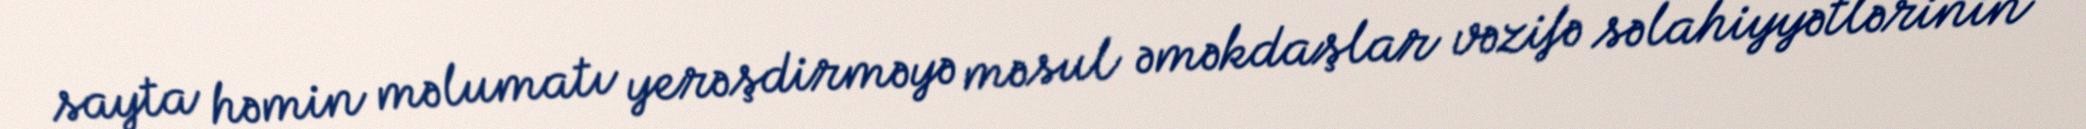
sayta həmin məlumatı yerəşdirməyə məsul əməkdaşlar vəzifə səlahiyyətlərinin